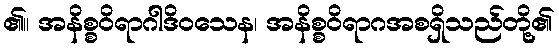
၏။ အနိစ္စဝိရာဂါဒိဝသေန၊ အနိစ္စဝိရာဂအစရှိသည်တို့၏